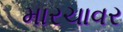
મારચાવર